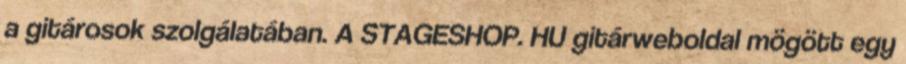
a gitárosok szolgálatában. A STAGESHOP. HU gitárweboldal mögött egy